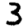
Digit: 3